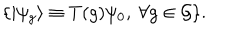
\{ | \psi _ { g } \rangle \equiv T ( g ) \psi _ { 0 } , \ \forall g \in { \cal G } \} .